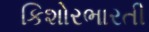
કિશોરભારતી